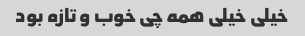
خیلی خیلی همه چی خوب و تازه بود